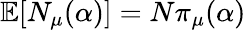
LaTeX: \mathbb{E}[N_{\mu}(\alpha)]=N{\pi}_{\mu}(\alpha)